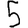
Digit: 5